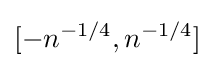
[-n^{-1/4},n^{-1/4}]